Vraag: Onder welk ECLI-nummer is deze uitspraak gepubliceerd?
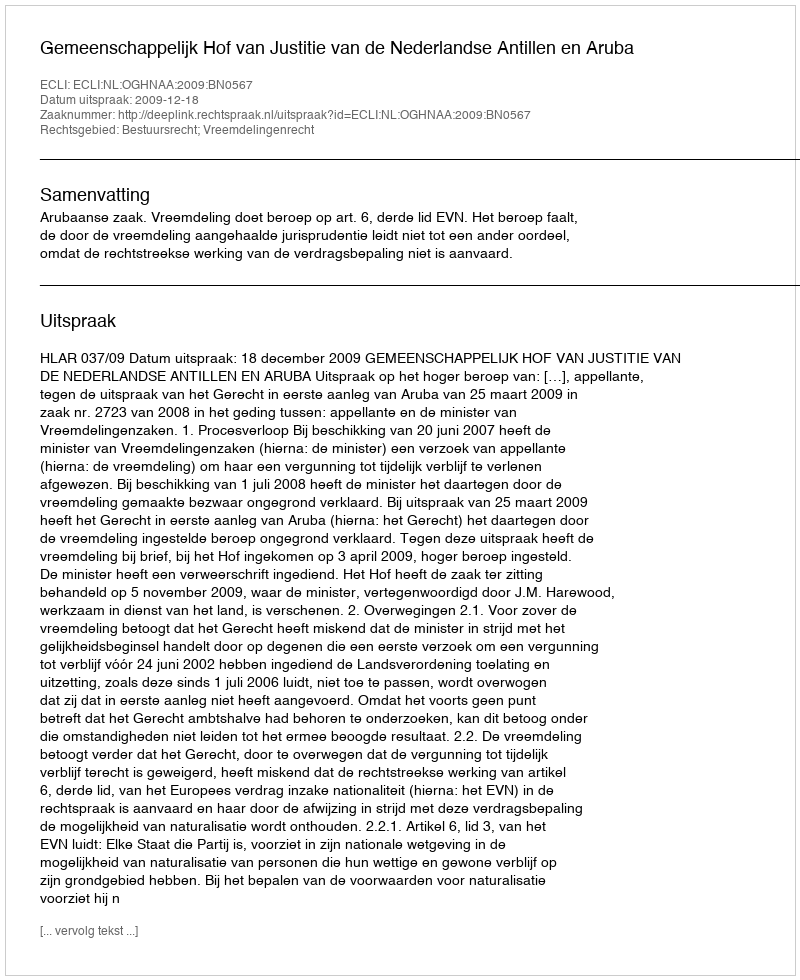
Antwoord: ECLI:NL:OGHNAA:2009:BN0567